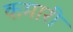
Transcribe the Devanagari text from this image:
कमारी